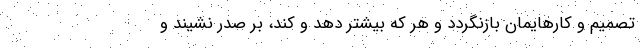
تصمیم و کارهایمان بازنگردد و هر که بیشتر دهد و کند، بر صدر نشیند و